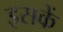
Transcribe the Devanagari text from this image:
इसकें